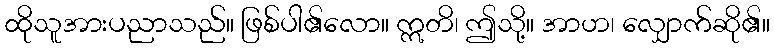
ထိုသူအားပညာသည်။ ဖြစ်ပါ၏လော။ ဣတိ၊ ဤသို့။ အာဟ၊ လျှောက်ဆို၏။